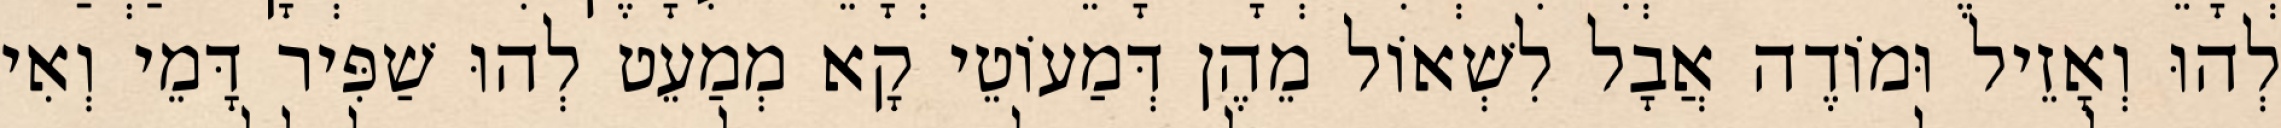
לְהוּ וְאָזֵיל וּמוֹדֶה אֲבָל לִשְׁאוֹל מֵהֶן דְּמַעוֹטֵי קָא מְמַעֵט לְהוּ שַׁפִּיר דָּמֵי וְאִי